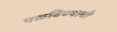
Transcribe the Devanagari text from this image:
पळविण्याची